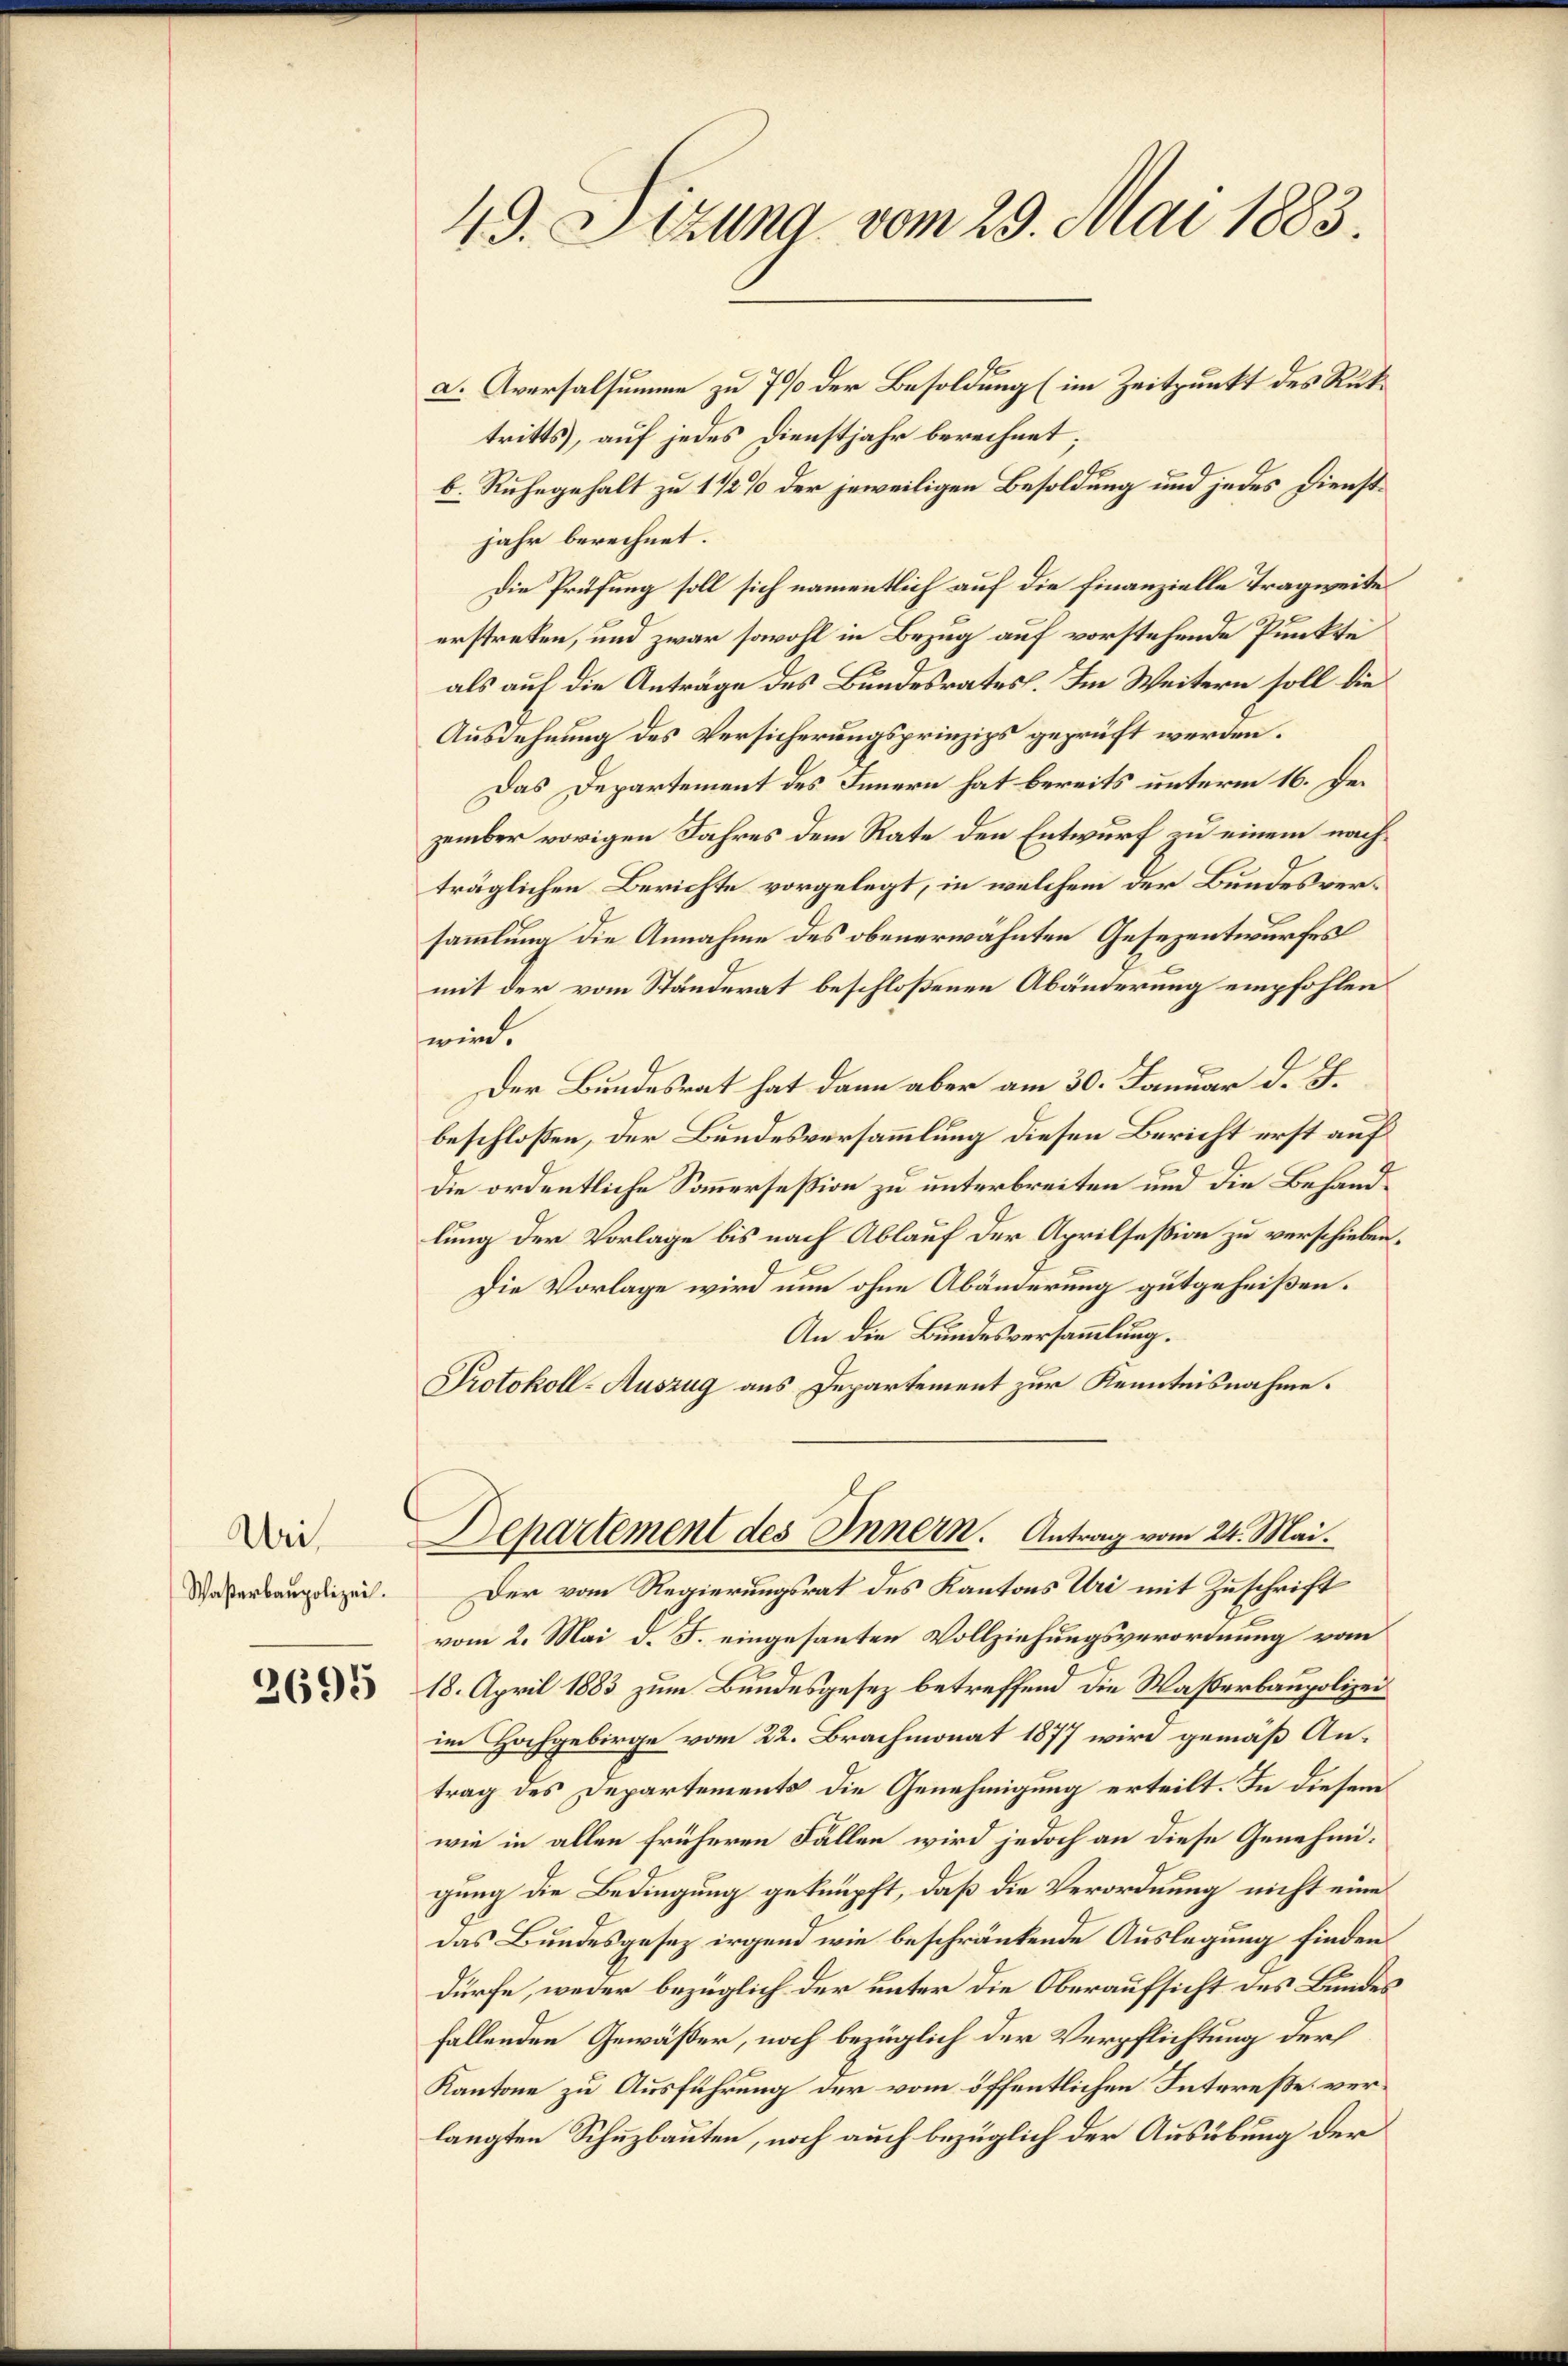
Waßerbaupolizei.

2695

49. Sizung vom 29. Mai 1883.

a. Aversalsumme zu 7% der Besoldung (im Zeitpunkt des Ruttritts, auf jedes Dienstjahr berechnet
b. Ruhegehalt zu 1 1/2% der jeweiligen Besoldung und jedes Dienstjahr berechnet.
Die Prüfung soll sich namentlich auf die Finanzielle Tragweite
erstreten, und zwar sowohl in Bezug auf vorstehende Punkte
als auf die Anträge des Bundesrates. Im Weitern soll die
Ausdehnung des Versicherungsprinzips geprüft werden.
Das Departement des Innern hat bereits unterm 16. Dezember vorigen Jahres dem Rate den Entwurf zu einem nachträglichen Berichte vorgelegt, in welchem der Bundesversammlung die Annahme des obenerwähnten Gesezentwurfes
mit der vom Ständerat beschloßenen Abänderung empfohlen
wind.
Der Bundesrat hat dann aber am 30. Januar d. J.
beschlossen, der Bundesversammlung diesen Bericht erst auf
die ordentliche Sonnerseßion zu unterbreiten und die Behandlung der Vorlage bis nach Ablauf der Aprilsesion zu verschieben.
Die Vorlage wird nun ohne Abänderung gutgeheißen.
An die Bundesversammlung.
Protokoll-Auszug aus Departement zur Kenntnisnahme.
Die Departement des Innern. Antrag vom 24. Mai.
Der vom Regierungsrat des Kantons Uri mit Zuschrift
vom 2. Mai d. J. eingesanten Vollziehungsverordnung vom
18. April 1883 zum Bundesgesez betreffend die Wasserbaupolizei
im Hochgebirge vom 22. Brachmonat 1877 wird gemäß Antrag des Departements die Genehmigung erteilt. In diesem
wie in allen früheren Fällen wird jedoch an diese Genehmigung die Bedingung geknüpft, daß die Verordnung nicht eine
das Bundesgesez irgend wie beschränkende Auslegung finden.
dürfe, weder bezüglich der unter die Oberaufsicht des Bundesfallenden Gewäßer, noch bezüglich der Verpflichtung der
Kantone zu Ausführung der vom öffentlichen Intereße verlangten Schuzbauten, noch auch bezüglich der Ausübung der